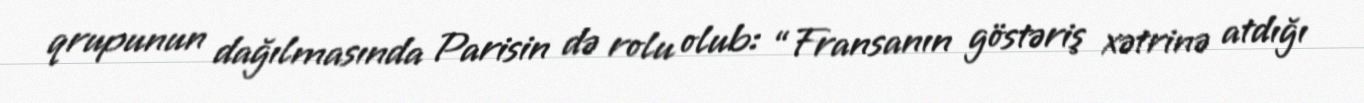
qrupunun dağılmasında Parisin də rolu olub: “Fransanın göstəriş xətrinə atdığı